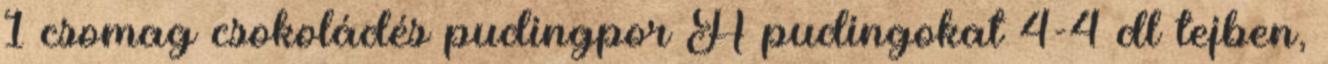
1 csomag csokoládés pudingpor A pudingokat 4-4 dl tejben,